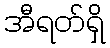
အီရတ်ရှိ